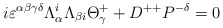
\begin{align*}i\varepsilon^{\alpha\beta\gamma\delta}\Lambda^{i}_{\alpha}\Lambda_{\beta{i}}\Theta^{+}_{\gamma}+D^{++}P^{-\delta}=0\end{align*}